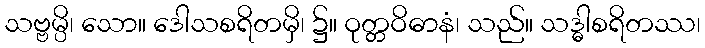
သဗ္ဗမ္ပိ၊ သော။ ဒေါသစရိတမှိ၊ ၌။ ဝုတ္တဝိဓာနံ၊ သည်။ သဒ္ဓါစရိတဿ၊